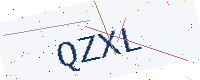
Text: QZXL